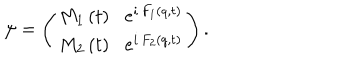
\psi = \left( \begin{array} { l } { { M _ { 1 } \left( t \right) \, \, \, \, e ^ { i \, F _ { 1 } \left( q , t \right) } } } \\ { { M _ { 2 } \left( t \right) \, \, \, \, e ^ { i \, F _ { 2 } \left( q , t \right) } } } \\ \end{array} \right) . \,